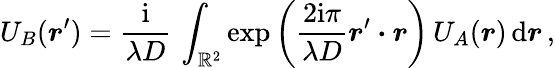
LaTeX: U_{B}(\boldsymbol r^{\prime})={\frac{\mathrm{i}}{\lambda D}}\, \int_{{\mathbb R}^{2}}\exp\left({\frac{2\mathrm{i}\pi}{\lambda D}}\boldsymbol r^{\prime}\boldsymbol\cdot\boldsymbol r\right)\, U_{A}(\boldsymbol r)\, \mathrm{d}\boldsymbol r\, ,